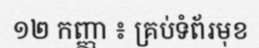
១២ កញ្ញា ៖ គ្រប់ទំព័រមុខ